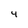
Character: 4